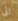
الى